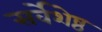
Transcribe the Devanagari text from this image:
सर्वेशेष्ठ